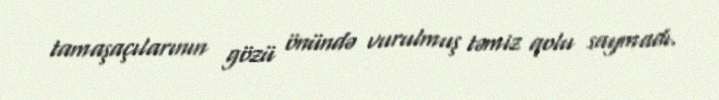
tamaşaçılarının gözü önündə vurulmuş təmiz qolu saymadı.